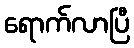
ရောက်လာပြီ